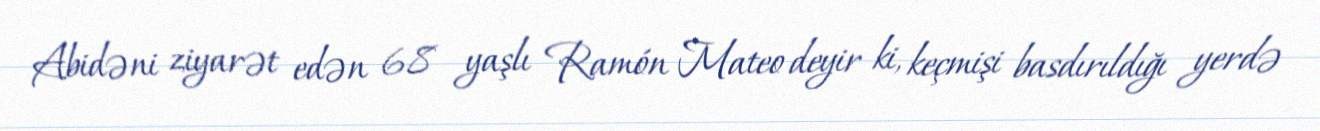
Abidəni ziyarət edən 68 yaşlı Ramón Mateo deyir ki, keçmişi basdırıldığı yerdə